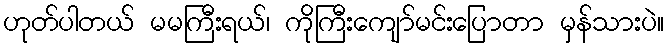
ဟုတ်ပါတယ် မမကြီးရယ်၊ ကိုကြီးကျော်မင်းပြောတာ မှန်သားပဲ။